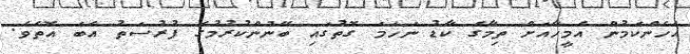
އެހެންކަމުން އެމީހާއަށް ތިމާގެ ކާޑު ނަހަމަ ގޮތުގައި ބޭނުންކުރުމުގެ ފުރުސަތު އެބަ އޮތެވެ.